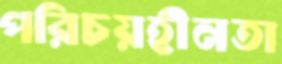
পরিচয়হীনতা